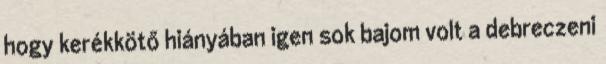
hogy kerékkötő hiányában igen sok bajom volt a debreczeni